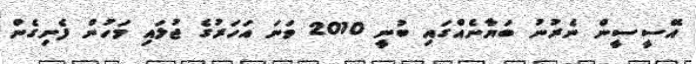
އޭސީސީން ނެރުނު ބަޔާނެއްގައި ބުނީ 2010 ވަނަ އަހަރުގެ ޖުލައި މަހުން ފެށިގެން